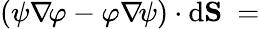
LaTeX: \left(\psi\nabla\! \varphi-\varphi\nabla\! \psi\right)\cdot\mathrm{d}\mathbf{{S}}\ =